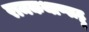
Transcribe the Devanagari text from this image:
रामकथाप्पाट्टु